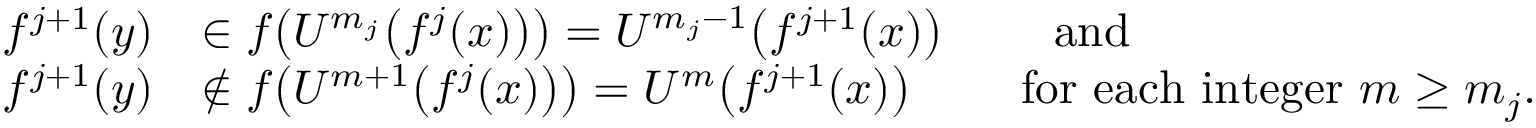
\begin{array} { r l } { f ^ { j + 1 } ( y ) } & { \in f \bigl ( U ^ { m _ { j } } \bigl ( f ^ { j } ( x ) \bigr ) \bigr ) = U ^ { m _ { j } - 1 } \bigl ( f ^ { j + 1 } ( x ) \bigr ) \qquad \mathrm { ~ a n d } } \\ { f ^ { j + 1 } ( y ) } & { \notin f \bigl ( U ^ { m + 1 } \bigl ( f ^ { j } ( x ) \bigr ) \bigr ) = U ^ { m } \bigl ( f ^ { j + 1 } ( x ) \bigr ) \qquad \mathrm { ~ f o r ~ e a c h ~ i n t e g e r ~ } m \geq m _ { j } . } \end{array}